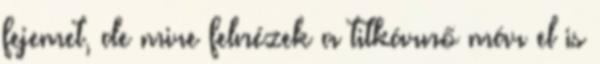
fejemet, de mire felnézek a titkárnő már el is